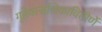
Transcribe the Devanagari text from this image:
गृहेवत्सलिकावितीर्णे